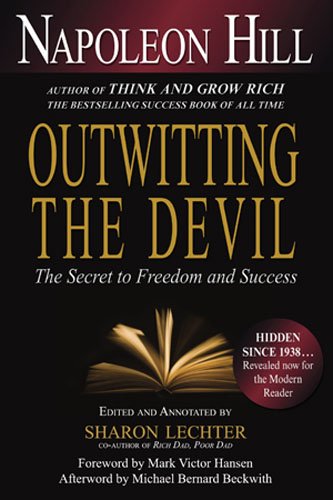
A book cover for Outwitting the Devil: The Secret to Freedom and Success; Napoleon Hill; Self-Help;